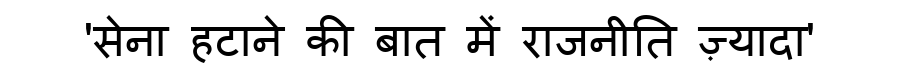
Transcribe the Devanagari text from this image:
'सेना हटाने की बात में राजनीति ज़्यादा'